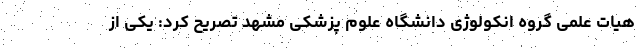
هیات علمی گروه انکولوژی دانشگاه علوم پزشکی مشهد تصریح کرد: یکی از